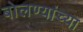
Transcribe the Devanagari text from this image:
बोलण्यांच्या